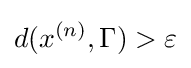
d(x^{(n)},\Gamma )>\varepsilon